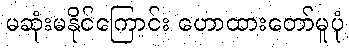
မဆုံးမနိုင်ကြောင်း ဟောထားတော်မူပုံ